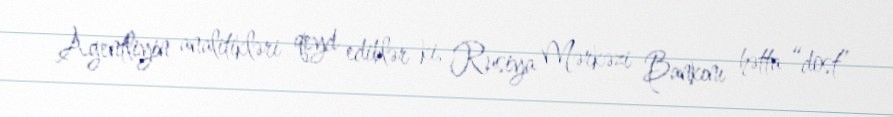
Agentliyin analitikləri qeyd ediblər ki, Rusiya Mərkəzi Bankını hətta “dost”